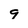
Character: 9